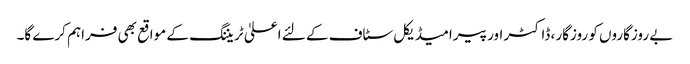
بے روزگاروں کو روزگار ، ڈاکٹر اور پیرامیڈیکل سٹاف کے لئے اعلیٰ ٹریننگ کے مواقع بھی فراہم کرے گا۔